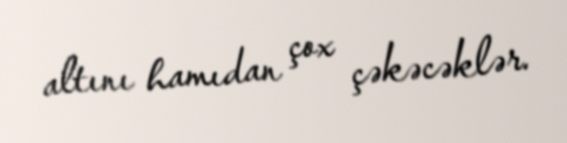
altını hamıdan çox çəkəcəklər.